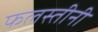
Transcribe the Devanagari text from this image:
फलस्तीनी